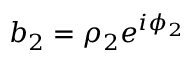
b _ { 2 } = \rho _ { 2 } e ^ { i \phi _ { 2 } }